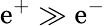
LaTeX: \mathrm{e}^{+}\gg\mathrm{e}^{-}